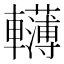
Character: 𨏫